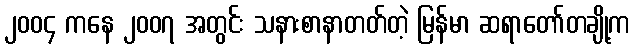
၂၀၀၄ ကနေ ၂၀၀၇ အတွင်း သနားစာနာတတ်တဲ့ မြန်မာ ဆရာတော်တချို့က